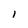
Character: 1